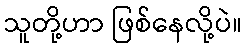
သူတို့ဟာ ဖြစ်နေလို့ပဲ။